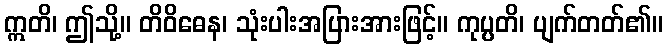
ဣတိ၊ ဤသို့။ တိဝိဓေန၊ သုံးပါးအပြားအားဖြင့်။ ကုပ္ပတိ၊ ပျက်တတ်၏။